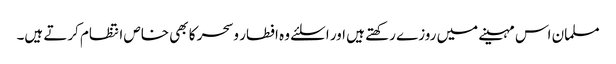
مسلمان اس مہینے میں روزے رکھتے ہیں اور اسلئے وہ افطار وسحر کا بھی خاص انتظام کرتے ہیں۔